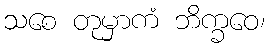
သစေ တုမှာကံ ဘိက္ခဝေ၊